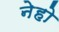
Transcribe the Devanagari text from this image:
नेहो